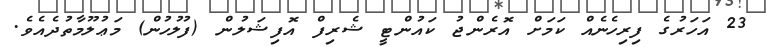
23 އަހަރުގެ ފިރިހެނެއް ކަމަށް އޮރެންޖު ކައުންޓީ ޝެރިފް އޮފިޝަލުން (ފުލުހުން) މަޢުލޫމާތުދެއެވެ.